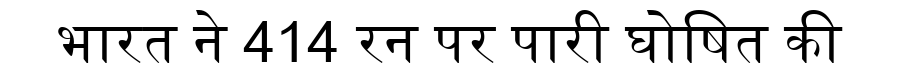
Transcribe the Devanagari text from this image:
भारत ने 414 रन पर पारी घोषित की